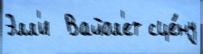
Элл'и  Вайол'ет сце́ну